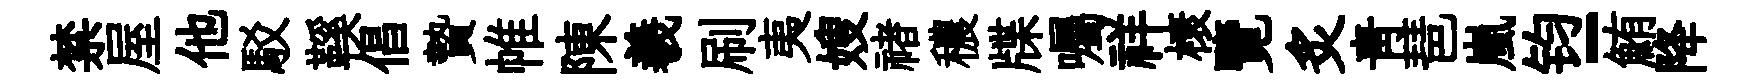
禁屋他駁鞵倡贄帷陳羲刷夷嫂禇穠牒囑祥榱覽炙靑琶嵐钧-鮪降